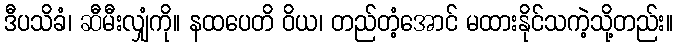
ဒီပသိခံ၊ ဆီမီးလျှံကို။ နထပေတိ ဝိယ၊ တည်တံ့အောင် မထားနိုင်သကဲ့သို့တည်း။